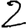
Digit: 2